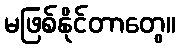
မဖြစ်နိုင်တာတွေ။